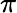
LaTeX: \pi